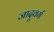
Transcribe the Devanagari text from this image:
जादूवर्ग